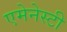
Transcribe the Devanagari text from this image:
एमेनेस्टी